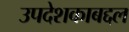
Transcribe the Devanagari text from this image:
उपदेशकाबद्दल